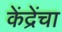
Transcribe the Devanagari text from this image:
केंद्रेंचा